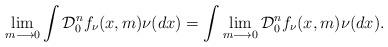
LaTeX: \begin{align*} \lim_{m\longrightarrow 0}\int \mathcal{D}_0^nf_{\nu}(x,m)\nu(dx)=\int \lim_{m\longrightarrow 0}\mathcal{D}_0^nf_{\nu}(x,m)\nu(dx).\end{align*}